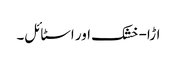
اڑا-خشک اور اسٹائل۔